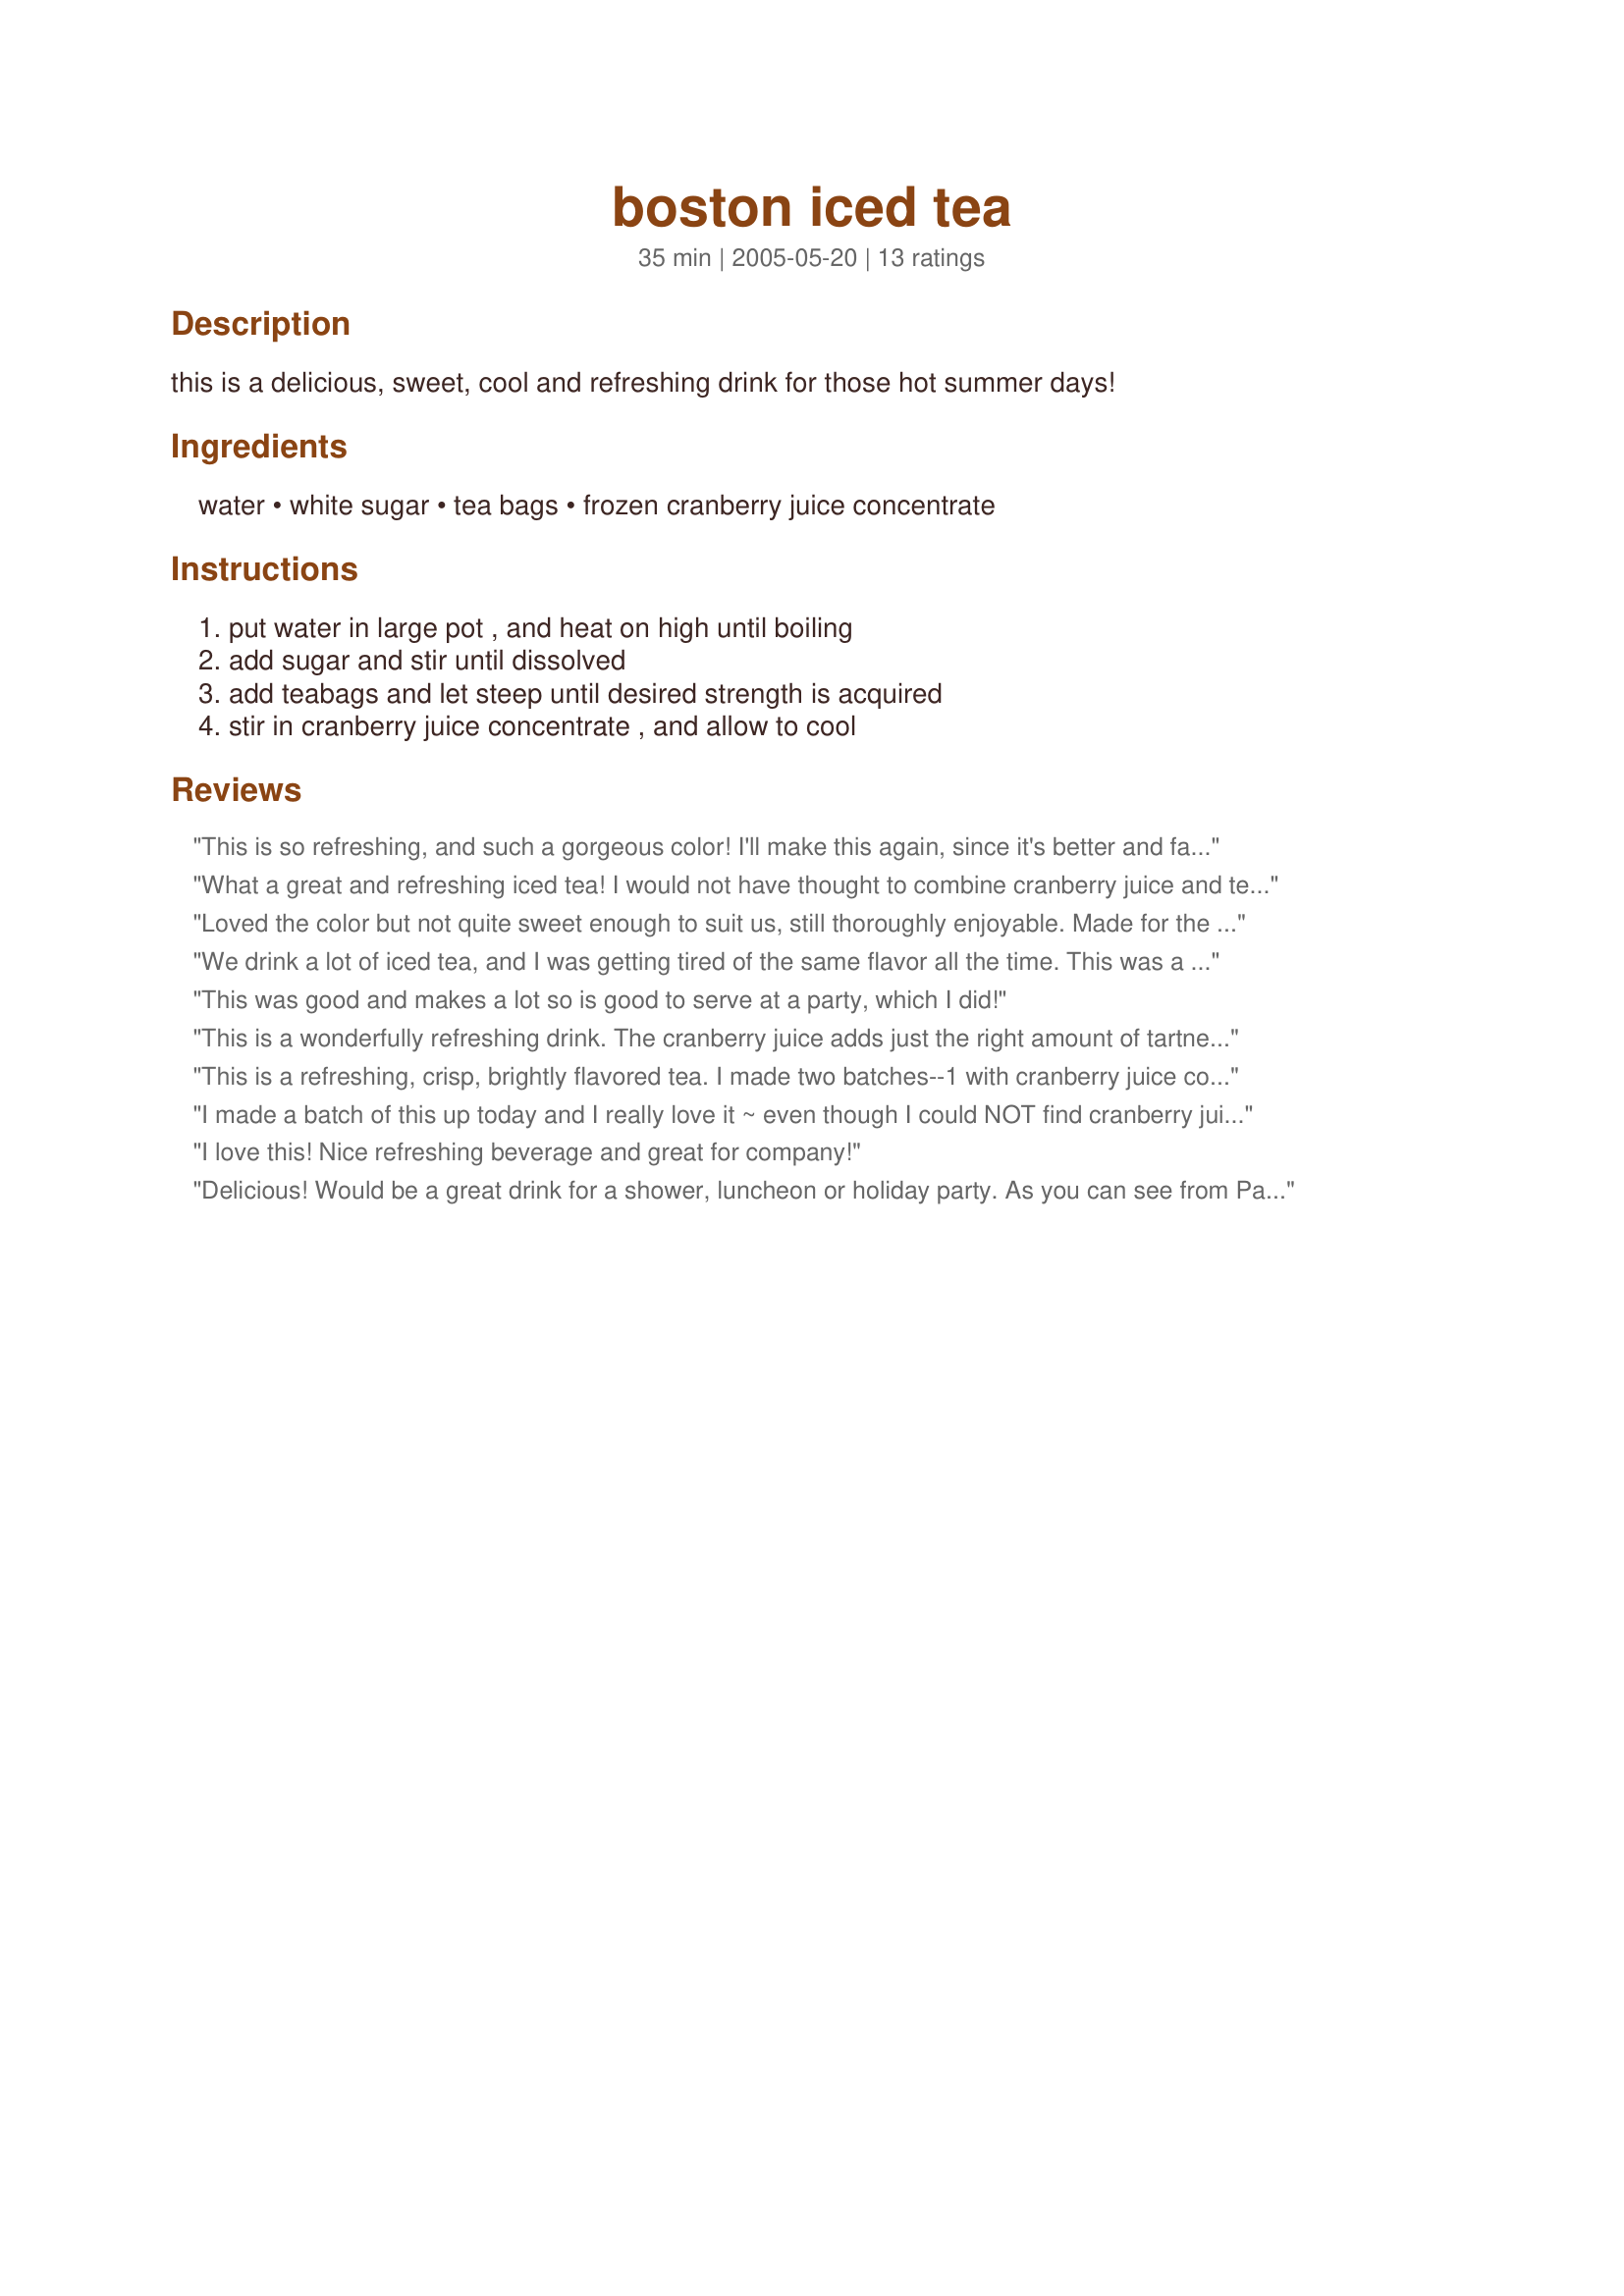
boston iced tea
Preparation time: 35 minutes

this is a delicious, sweet, cool and refreshing drink for those hot summer days!

Ingredients:
water, white sugar, tea bags, frozen cranberry juice concentrate

Steps:
put water in large pot , and heat on high until boiling, add sugar and stir until dissolved, add teabags and let steep until desired strength is acquired, stir in cranberry juice concentrate , and allow to cool

Reviews:
This is so refreshing, and such a gorgeous color! I'll make this again, since it's better and far less expensive than the junk I can buy at the store. My husband is a big juice drinker and he's enjoying this very much. Thanks for such a good and easy recipe.
What a great and refreshing iced tea! I would not have thought to combine cranberry juice and tea but it really works. I used Splenda instead of sugar and really enjoyed this light and fruity tea - thanks for sharing the recipe! Made for the Comfort Cafe Event, July 2009
Loved the color but not quite sweet enough to suit us, still thoroughly enjoyable. Made for the (summer) Comfort Cafte.
We drink a lot of iced tea, and I was getting tired of the same flavor all the time. This was a great tasting change of pace. I used Splenda and decaf tea bags. Delicious!
This was good and makes a lot so is good to serve at a party, which I did!
This is a wonderfully refreshing drink. The cranberry juice adds just the right amount of tartness. This was made with Splenda with pleasing results. Perfect for a hot summer day!
This is a refreshing, crisp, brightly flavored tea. I made two batches--1 with cranberry juice concentrate and the other with mixed berry juice concentrate (I accidentally picked up the wrong thing). Both were fantastic. Thanks, KC Cooker, for posting this recipe.
I made a batch of this up today and I really love it ~ even though I could NOT find cranberry juice concentrate in any of my stores. I used a can of passionfruit juice instead but otherwise made as posted. As soon as I can find cranberry concentrate, I will be using that. I do think this will be good with any type of juice. It's very easy to make. Thanks for posting a keeper!
I love this! Nice refreshing beverage and great for company!
Delicious! Would be a great drink for a shower, luncheon or holiday party. As you can see from Paula's beautiful picture, the color is very nice. Couldn't be simpler, either. Would also be nice served hot in winter. Thanks, KC Cooker, for another great recipe!
Oh I was so glad to see this posted. It's one of my very favourite summertime beverages. I always use decaf tea bags to watch my caffeine intake. This is a refreshing tea to add to the upcoming Memorial Day cookouts.
I wanted to have tea but without as much black tea flavor, and I found this recipe on allrecipes.com. I left out the white sugar because the Old Orchard Juice was sweet enough. I don't like sugar in my tea or coffee so you may want to add it if you prefer sweet tea. This was really simple and tasty. Thanks for posting!
We enjoyed this tea very much!! The only thing I did different was use Splenda sugar substitute. Great drink for the hot and humid days.
